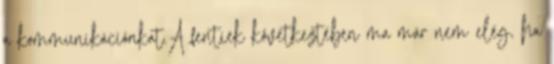
a kommunikációnkat.A fentiek következtében ma már nem elég, ha